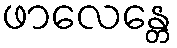
ဖာလေန္တေ